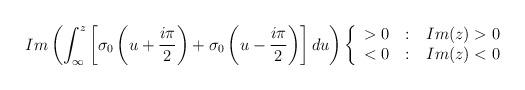
LaTeX: \begin{align*}Im \left(\int_{\infty}^{z}\left[\sigma_0\left(u+\frac{i\pi}{2}\right)+\sigma_0\left(u-\frac{i\pi}{2}\right)\right]du\right)\left\{ \begin{array}{r@{\quad:\quad}l}>0 & Im(z)>0 \\ <0 & Im(z)<0\end{array}\right.\end{align*}